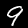
Label: 9